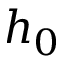
h _ { 0 }